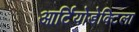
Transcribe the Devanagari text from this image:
आर्टियोडेक्टिला